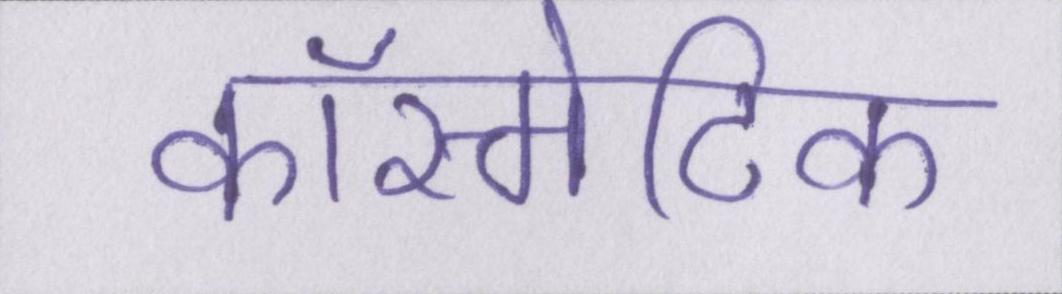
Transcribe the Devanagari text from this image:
कॉस्मेटिक